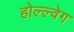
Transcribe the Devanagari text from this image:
होल्ल्वेग